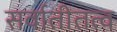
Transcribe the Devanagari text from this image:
सर्वातीतत्व